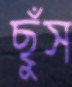
ছুঁস